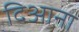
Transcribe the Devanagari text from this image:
दिआना